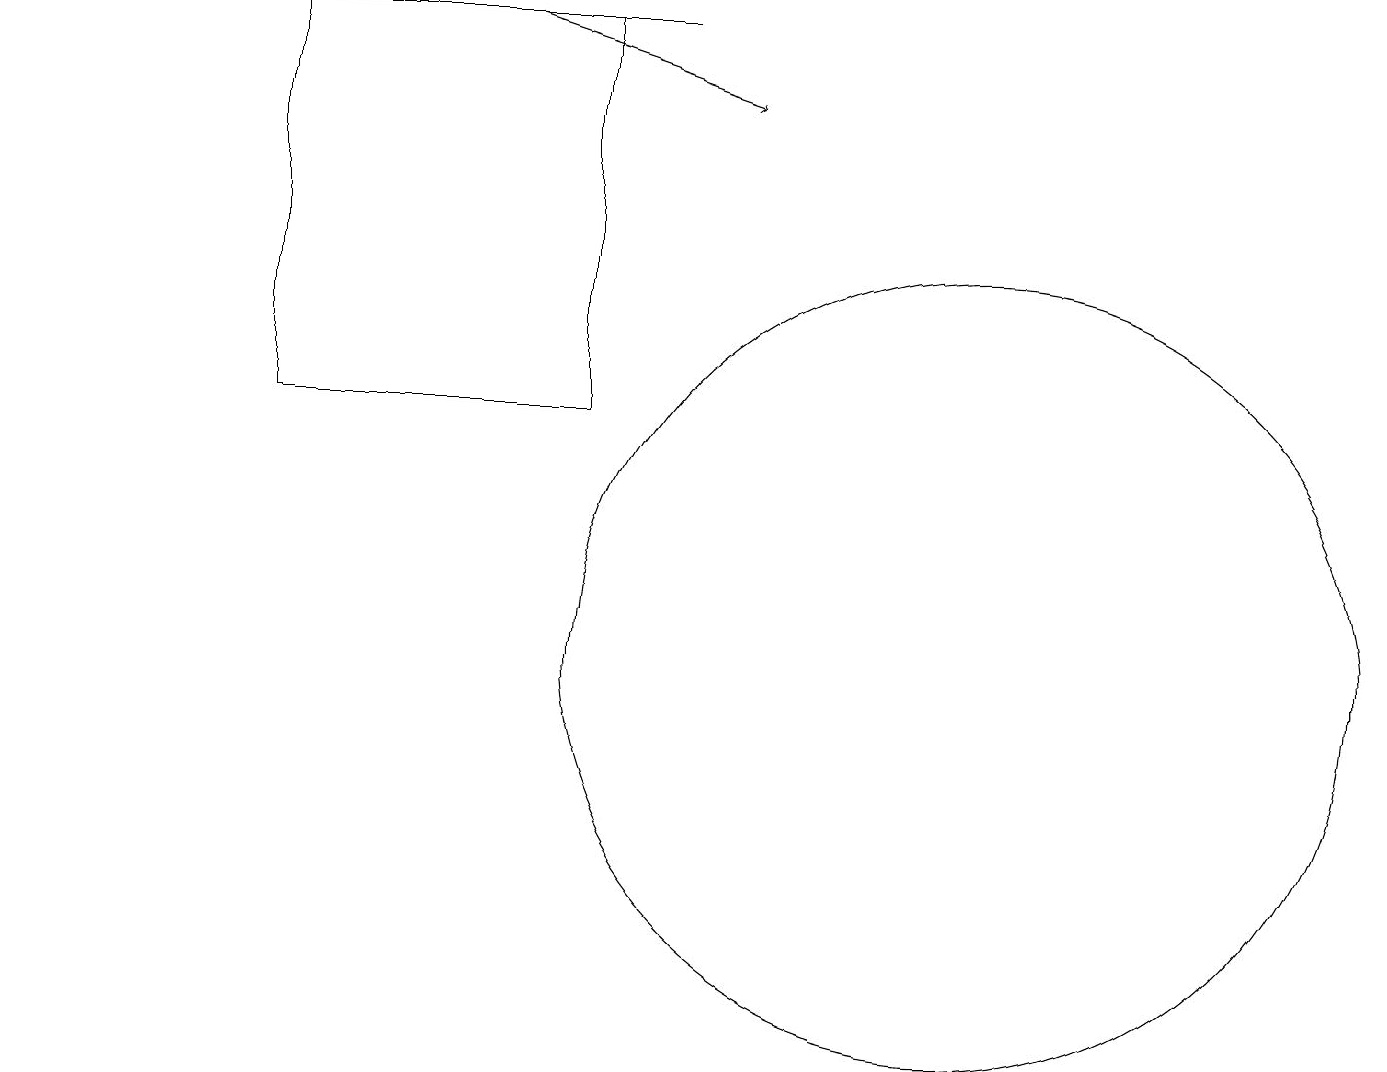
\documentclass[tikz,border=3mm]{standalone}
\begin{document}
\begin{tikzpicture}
\draw (12,10) circle (5);
\draw (7,13) rectangle (3,18);
\draw (11,11) circle (0);
\draw[->] (6,18) -- (9,17);
\draw[->] (8,18) -- (0,18);
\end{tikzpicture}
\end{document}